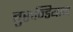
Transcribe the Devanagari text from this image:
बुरुन्डियान